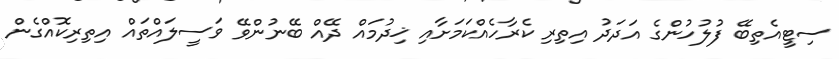
ސިޓީއެތިބޭ ފުލުހުންގެ އަދަދު އިތިރި ކެރާހެއްކަމަށާއި ޚިދުމައް ދޭއް ބޭނުންވޭ ވަސީލައްތައް އިތިރިކޮއްގެން